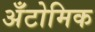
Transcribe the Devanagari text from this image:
अँटोमिक